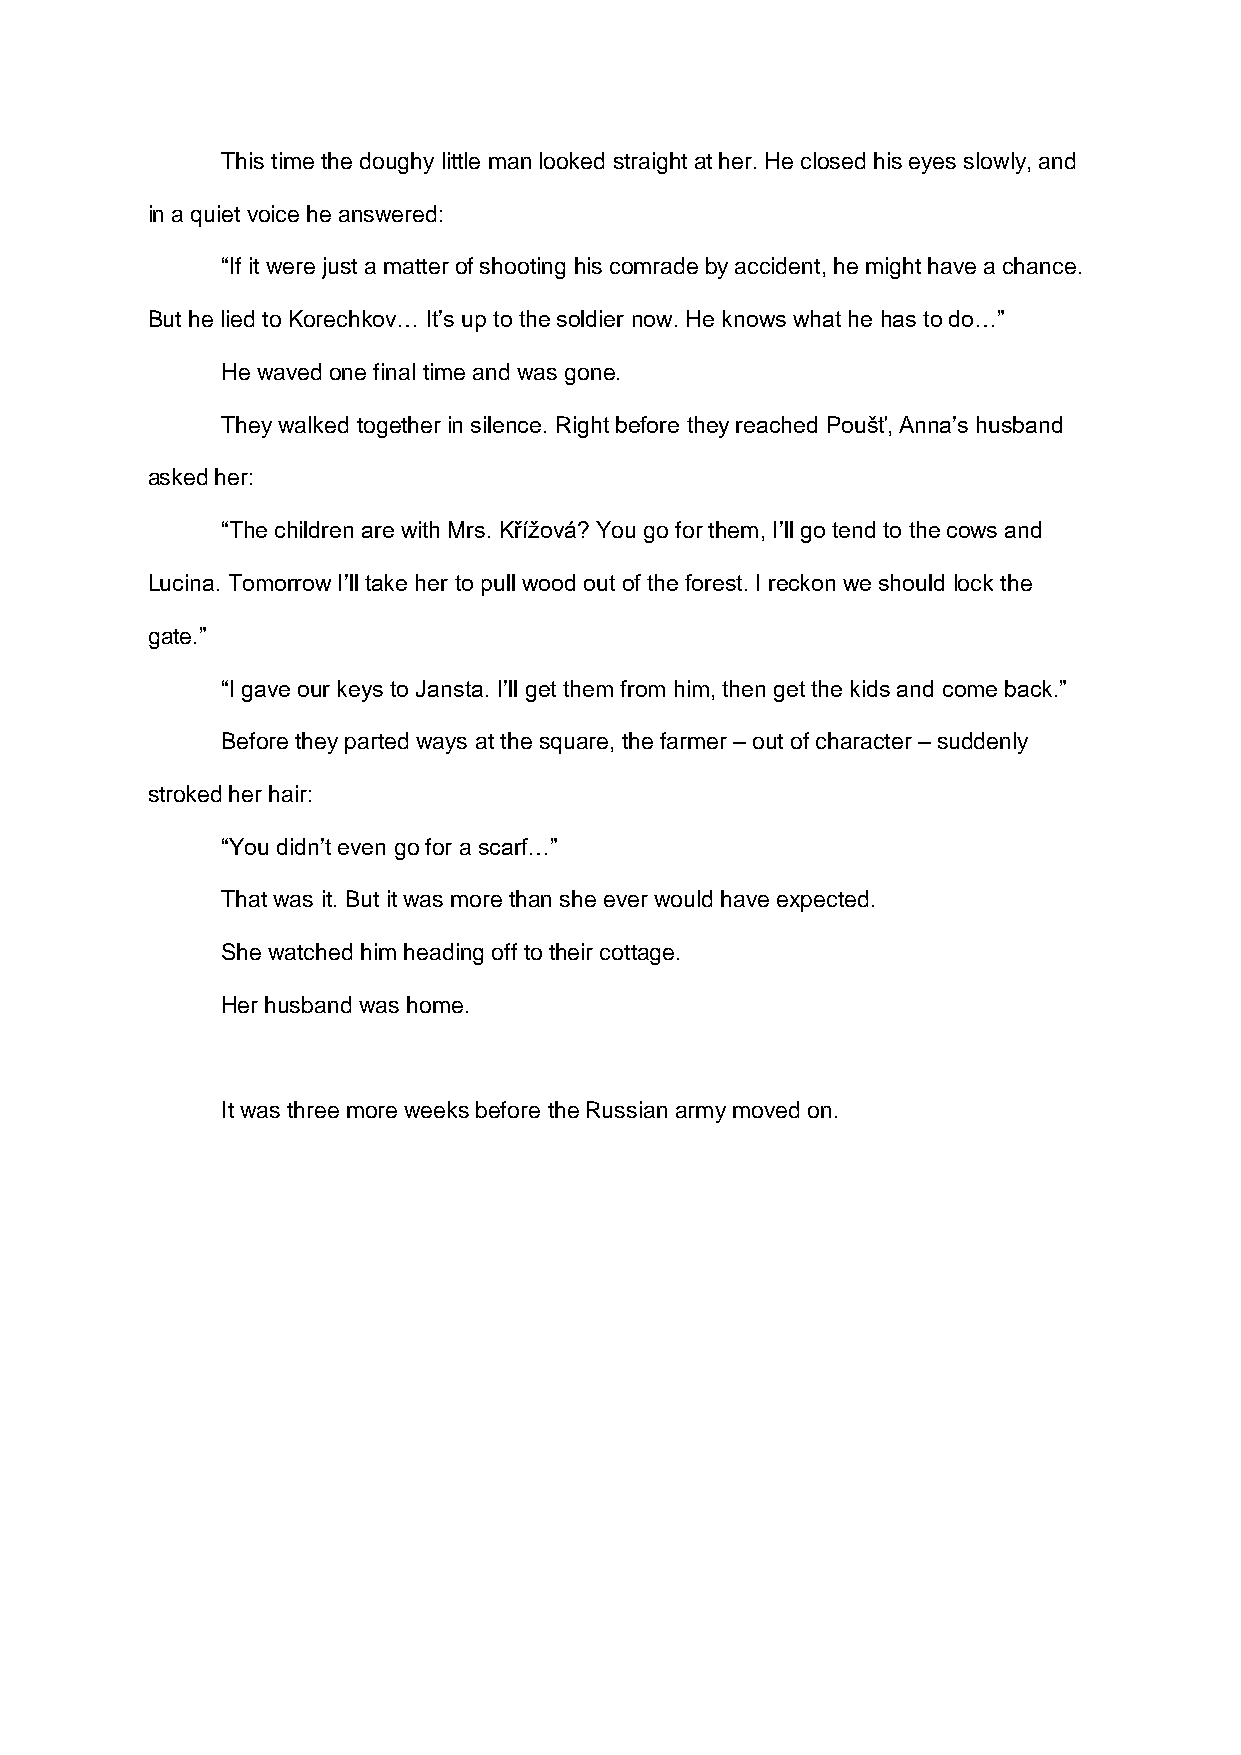
This time the doughy little man looked straight at her. He closed his eyes slowly, and
 in a quiet voice he answered:
 “If it were just a matter of shooting his comrade by accident, he might have a chance.
 But he lied to Korechkov… It’s up to the soldier now. He knows what he has to do…”
 He waved one final time and was gone.
 They walked together in silence. Right before they reached Poušť, Anna’s husband
 asked her:
 “The children are with Mrs. Křížová? You go for them, I’ll go tend to the cows and
 Lucina. Tomorrow I’ll take her to pull wood out of the forest. I reckon we should lock the
 gate.”
 “I gave our keys to Jansta. I’ll get them from him, then get the kids and come back.”
 Before they parted ways at the square, the farmer – out of character – suddenly
 stroked her hair:
 “You didn’t even go for a scarf…”
 That was it. But it was more than she ever would have expected.
 She watched him heading off to their cottage.
 Her husband was home.
 It was three more weeks before the Russian army moved on.